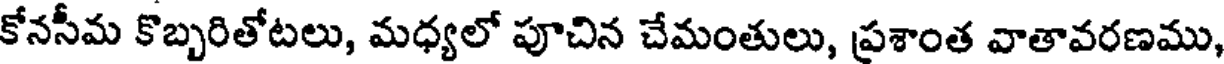
కోనసీమ కొబ్బరితోటలు, మధ్యలో పూచిన చేమంతులు, ప్రశాంత వాతావరణము,